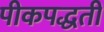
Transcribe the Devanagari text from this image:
पीकपद्धती